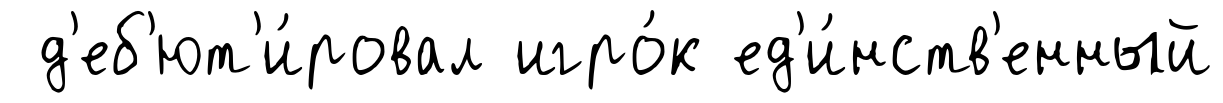
д'еб'ют'и́ровал игро́к ед'и́нств'енный